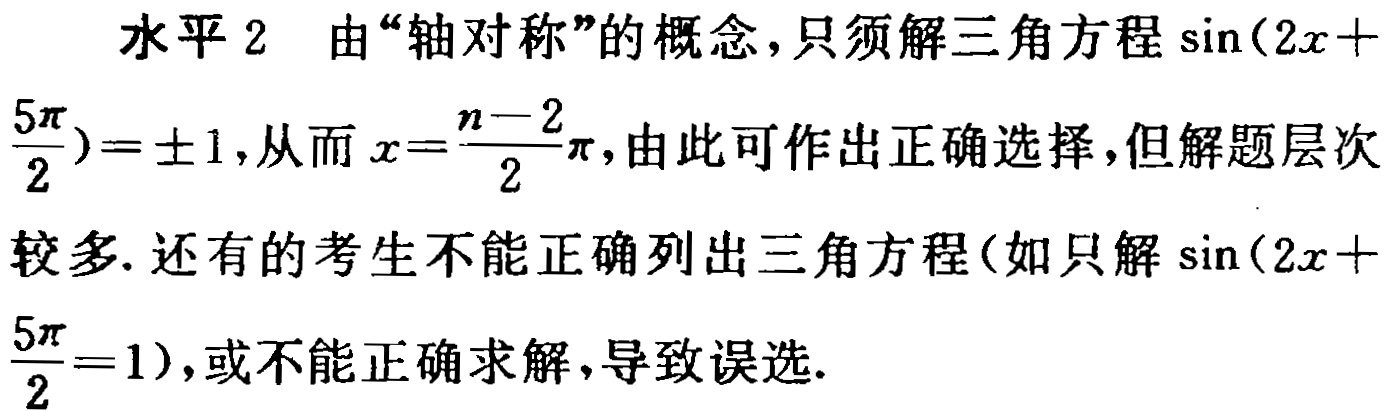
水平 2 由“轴对称”的概念，只须解三角方程\(\sin(2x + \frac{5\pi}{2})=\pm1\)，从而\(x = \frac{n - 2}{2}\pi\)，由此可作出正确选择，但解题层次较多. 还有的考生不能正确列出三角方程(如只解\(\sin(2x + \frac{5\pi}{2}=1)\)，或不能正确求解，导致误选.